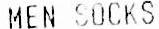
MEN SOCKS